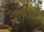
ધીમી